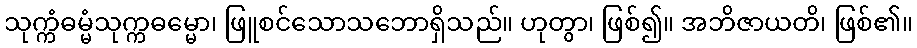
သုက္ကံဓမ္မံသုက္ကဓမ္မော၊ ဖြူစင်သောသဘောရှိသည်။ ဟုတွာ၊ ဖြစ်၍။ အဘိဇာယတိ၊ ဖြစ်၏။